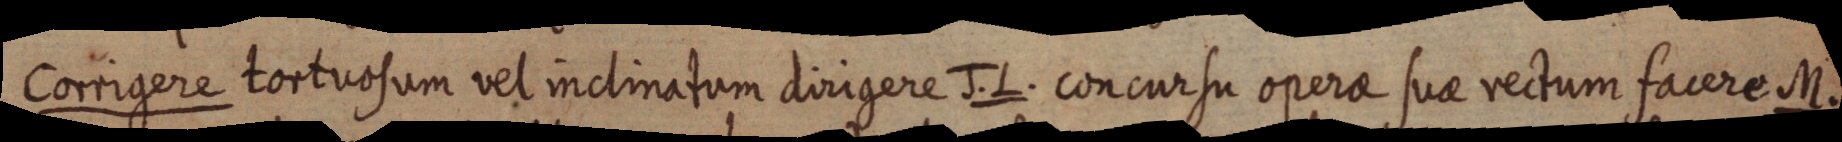
Corrigere tortuosum vel inclinatum dirigere J. L. concursu operae suae rectum facere M.